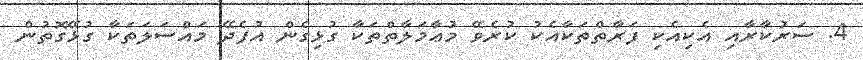
4. ސަރުކާރާއި އެކިއެކި ފަރާތްތަކާއެކު ކުރެވޭ މުޢާމަލާތްތަކާ ގުޅިގެން އުފެދޭ މައްސަލަތަކާ ގުޅޭގޮތުން